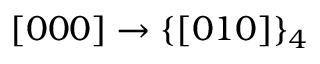
[ 0 0 0 ] \rightarrow \{ [ 0 1 0 ] \} _ { 4 }